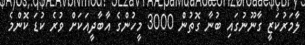
ލާމަރުކަޒީ ގާނޫނުގައި ބުނާ ގޮތުން 3000 މީހުންގެ އާބާދީއަކަށް ވުރެ ކުޑަ ކޮންމެ